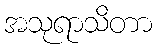
အသုရာသိတာ